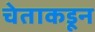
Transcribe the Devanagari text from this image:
चेताकडून